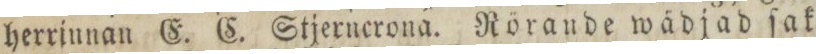
herrinnan E. C. Stjerncrona: Rörande wådjad ſak